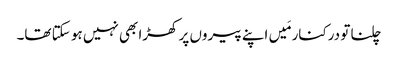
چلنا تو درکنار مَیں اپنے پیروں پر کھڑا بھی نہیں ہو سکتا تھا۔